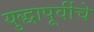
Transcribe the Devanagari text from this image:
युद्धापूर्वीचे